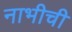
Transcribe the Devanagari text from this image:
नाभीची